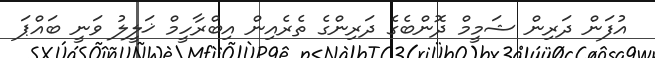
އުފަން ދަރިން ޝަމީމް ދޮންބެގެ ދަރިންގެ ތެރެއިން އިބްރާހީމް ޚަލީލު ވަނީ ބައްޕަ